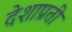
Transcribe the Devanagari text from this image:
देशाप्रती